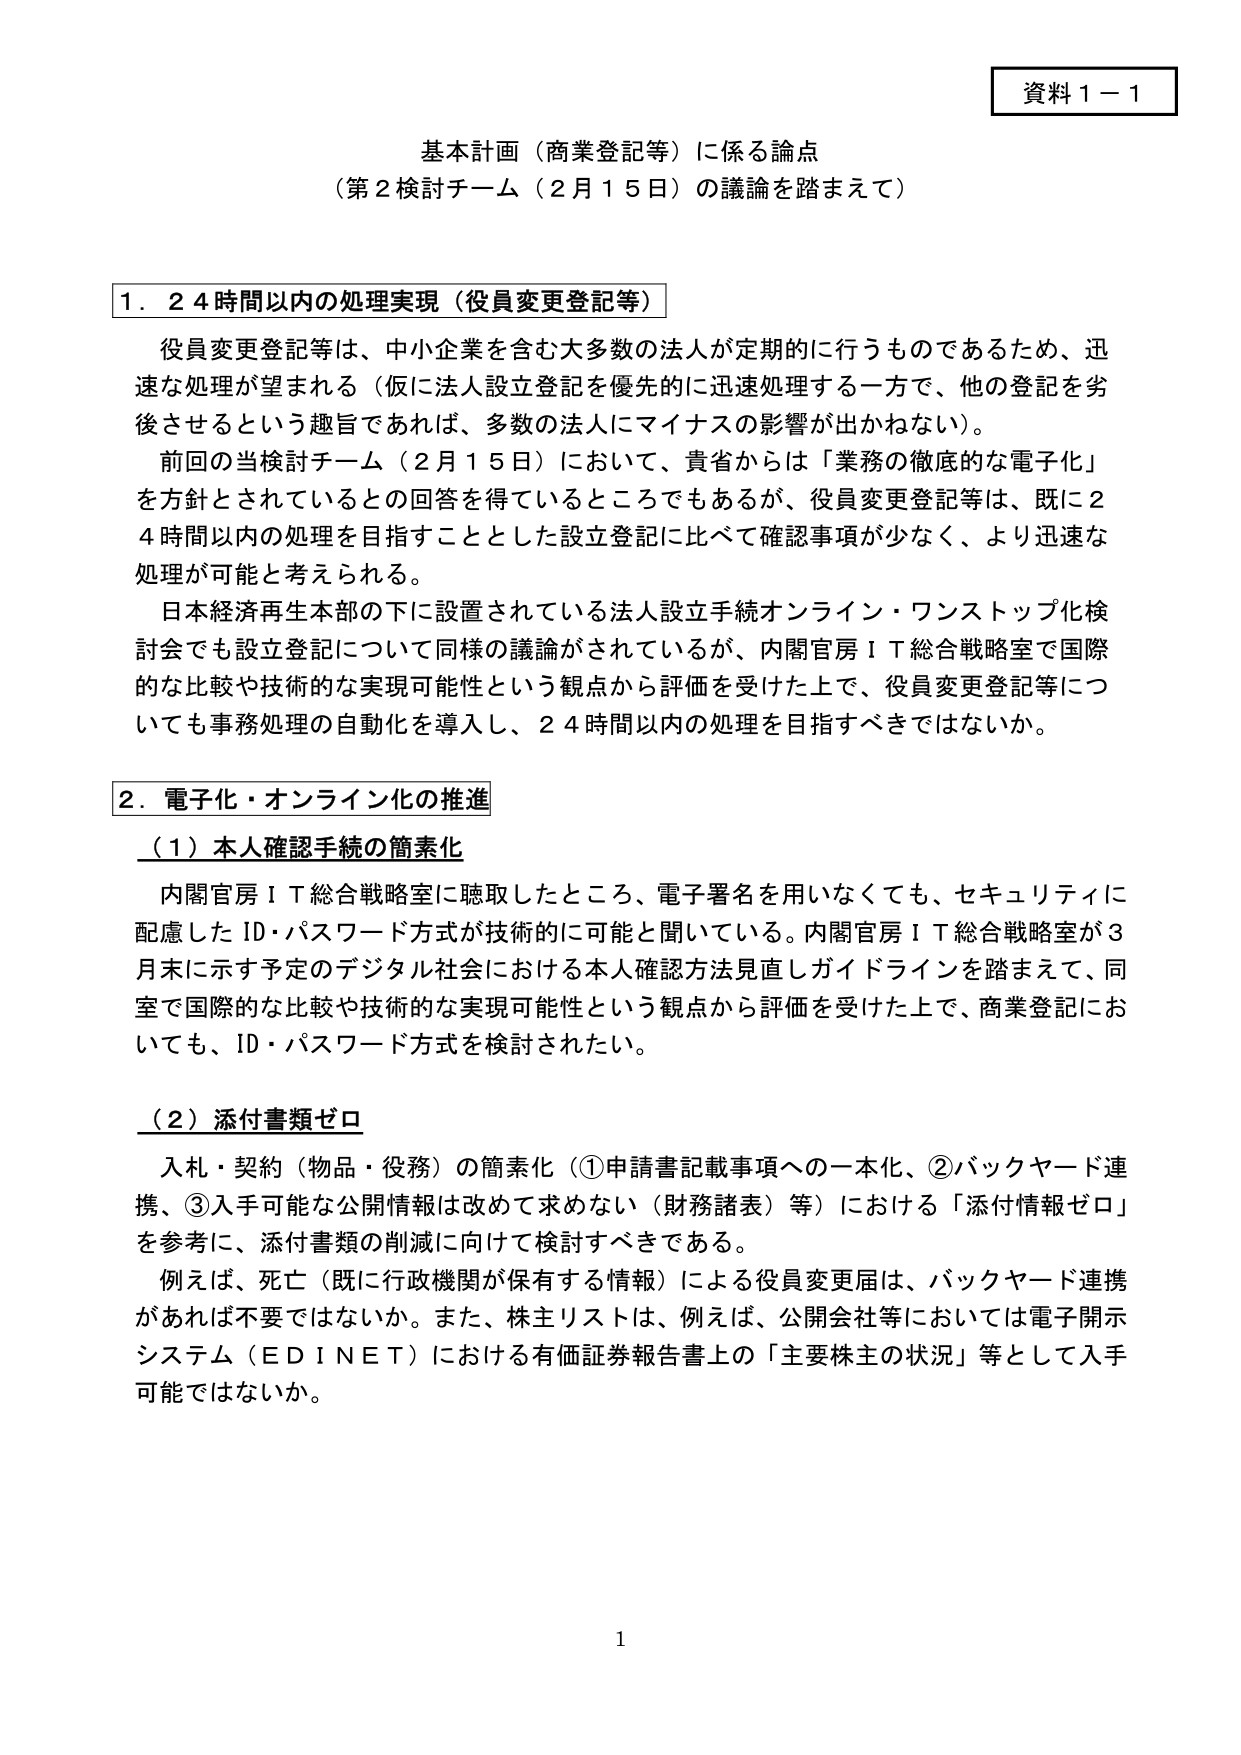
資料１－１

基本計画（商業登記等）に係る論点
（第２検討チーム（２月１５日）の議論を踏まえて）

１．２４時間以内の処理実現（役員変更登記等）

役員変更登記等は、中小企業を含む大多数の法人が定期的に行うものであるため、迅速な処理が望まれる（仮に法人設立登記を優先的に迅速処理する一方で、他の登記を劣後させるという趣旨であれば、多数の法人にマイナスの影響が出かねない）。

前回の当検討チーム（２月１５日）において、貴省からは「業務の徹底的な電子化」を方針とされているとの回答を得ているところでもあるが、役員変更登記等は、既に２４時間以内の処理を目指すこととした設立登記に比べて確認事項が少なく、より迅速な処理が可能と考えられる。

日本経済再生本部の下に設置されている法人設立手続オンライン・ワンストップ化検討会でも設立登記について同様の議論がされているが、内閣官房ＩＴ総合戦略室で国際的な比較や技術的な実現可能性という観点から評価を受けた上で、役員変更登記等についても事務処理の自動化を導入し、２４時間以内の処理を目指すべきではないか。

２．電子化・オンライン化の推進

（１）本人確認手続の簡素化

内閣官房ＩＴ総合戦略室に聴取したところ、電子署名を用いなくても、セキュリティに配慮したＩＤ・パスワード方式が技術的に可能と聞いている。内閣官房ＩＴ総合戦略室が３月末に示す予定のデジタル社会における本人確認方法見直しガイドラインを踏まえて、同室で国際的な比較や技術的な実現可能性という観点から評価を受けた上で、商業登記においても、ＩＤ・パスワード方式を検討されたい。

（２）添付書類ゼロ

入札・契約（物品・役務）の簡素化（①申請書記載事項への一本化、②バックヤード連携、③入手可能な公開情報は改めて求めない（財務諸表）等）における「添付情報ゼロ」を参考に、添付書類の削減に向けて検討すべきである。

例えば、死亡（既に行政機関が保有する情報）による役員変更届は、バックヤード連携があれば不要ではないか。また、株主リストは、例えば、公開会社等においては電子開示システム（ＥＤＩＮＥＴ）における有価証券報告書上の「主要株主の状況」等として入手可能ではないか。

1